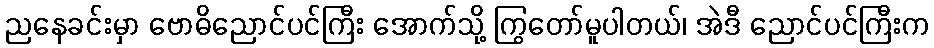
ညနေခင်းမှာ ဗောဓိညောင်ပင်ကြီး အောက်သို့ ကြွတော်မူပါတယ်၊ အဲဒီ ညောင်ပင်ကြီးက